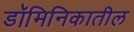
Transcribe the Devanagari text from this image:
डॉमिनिकातील